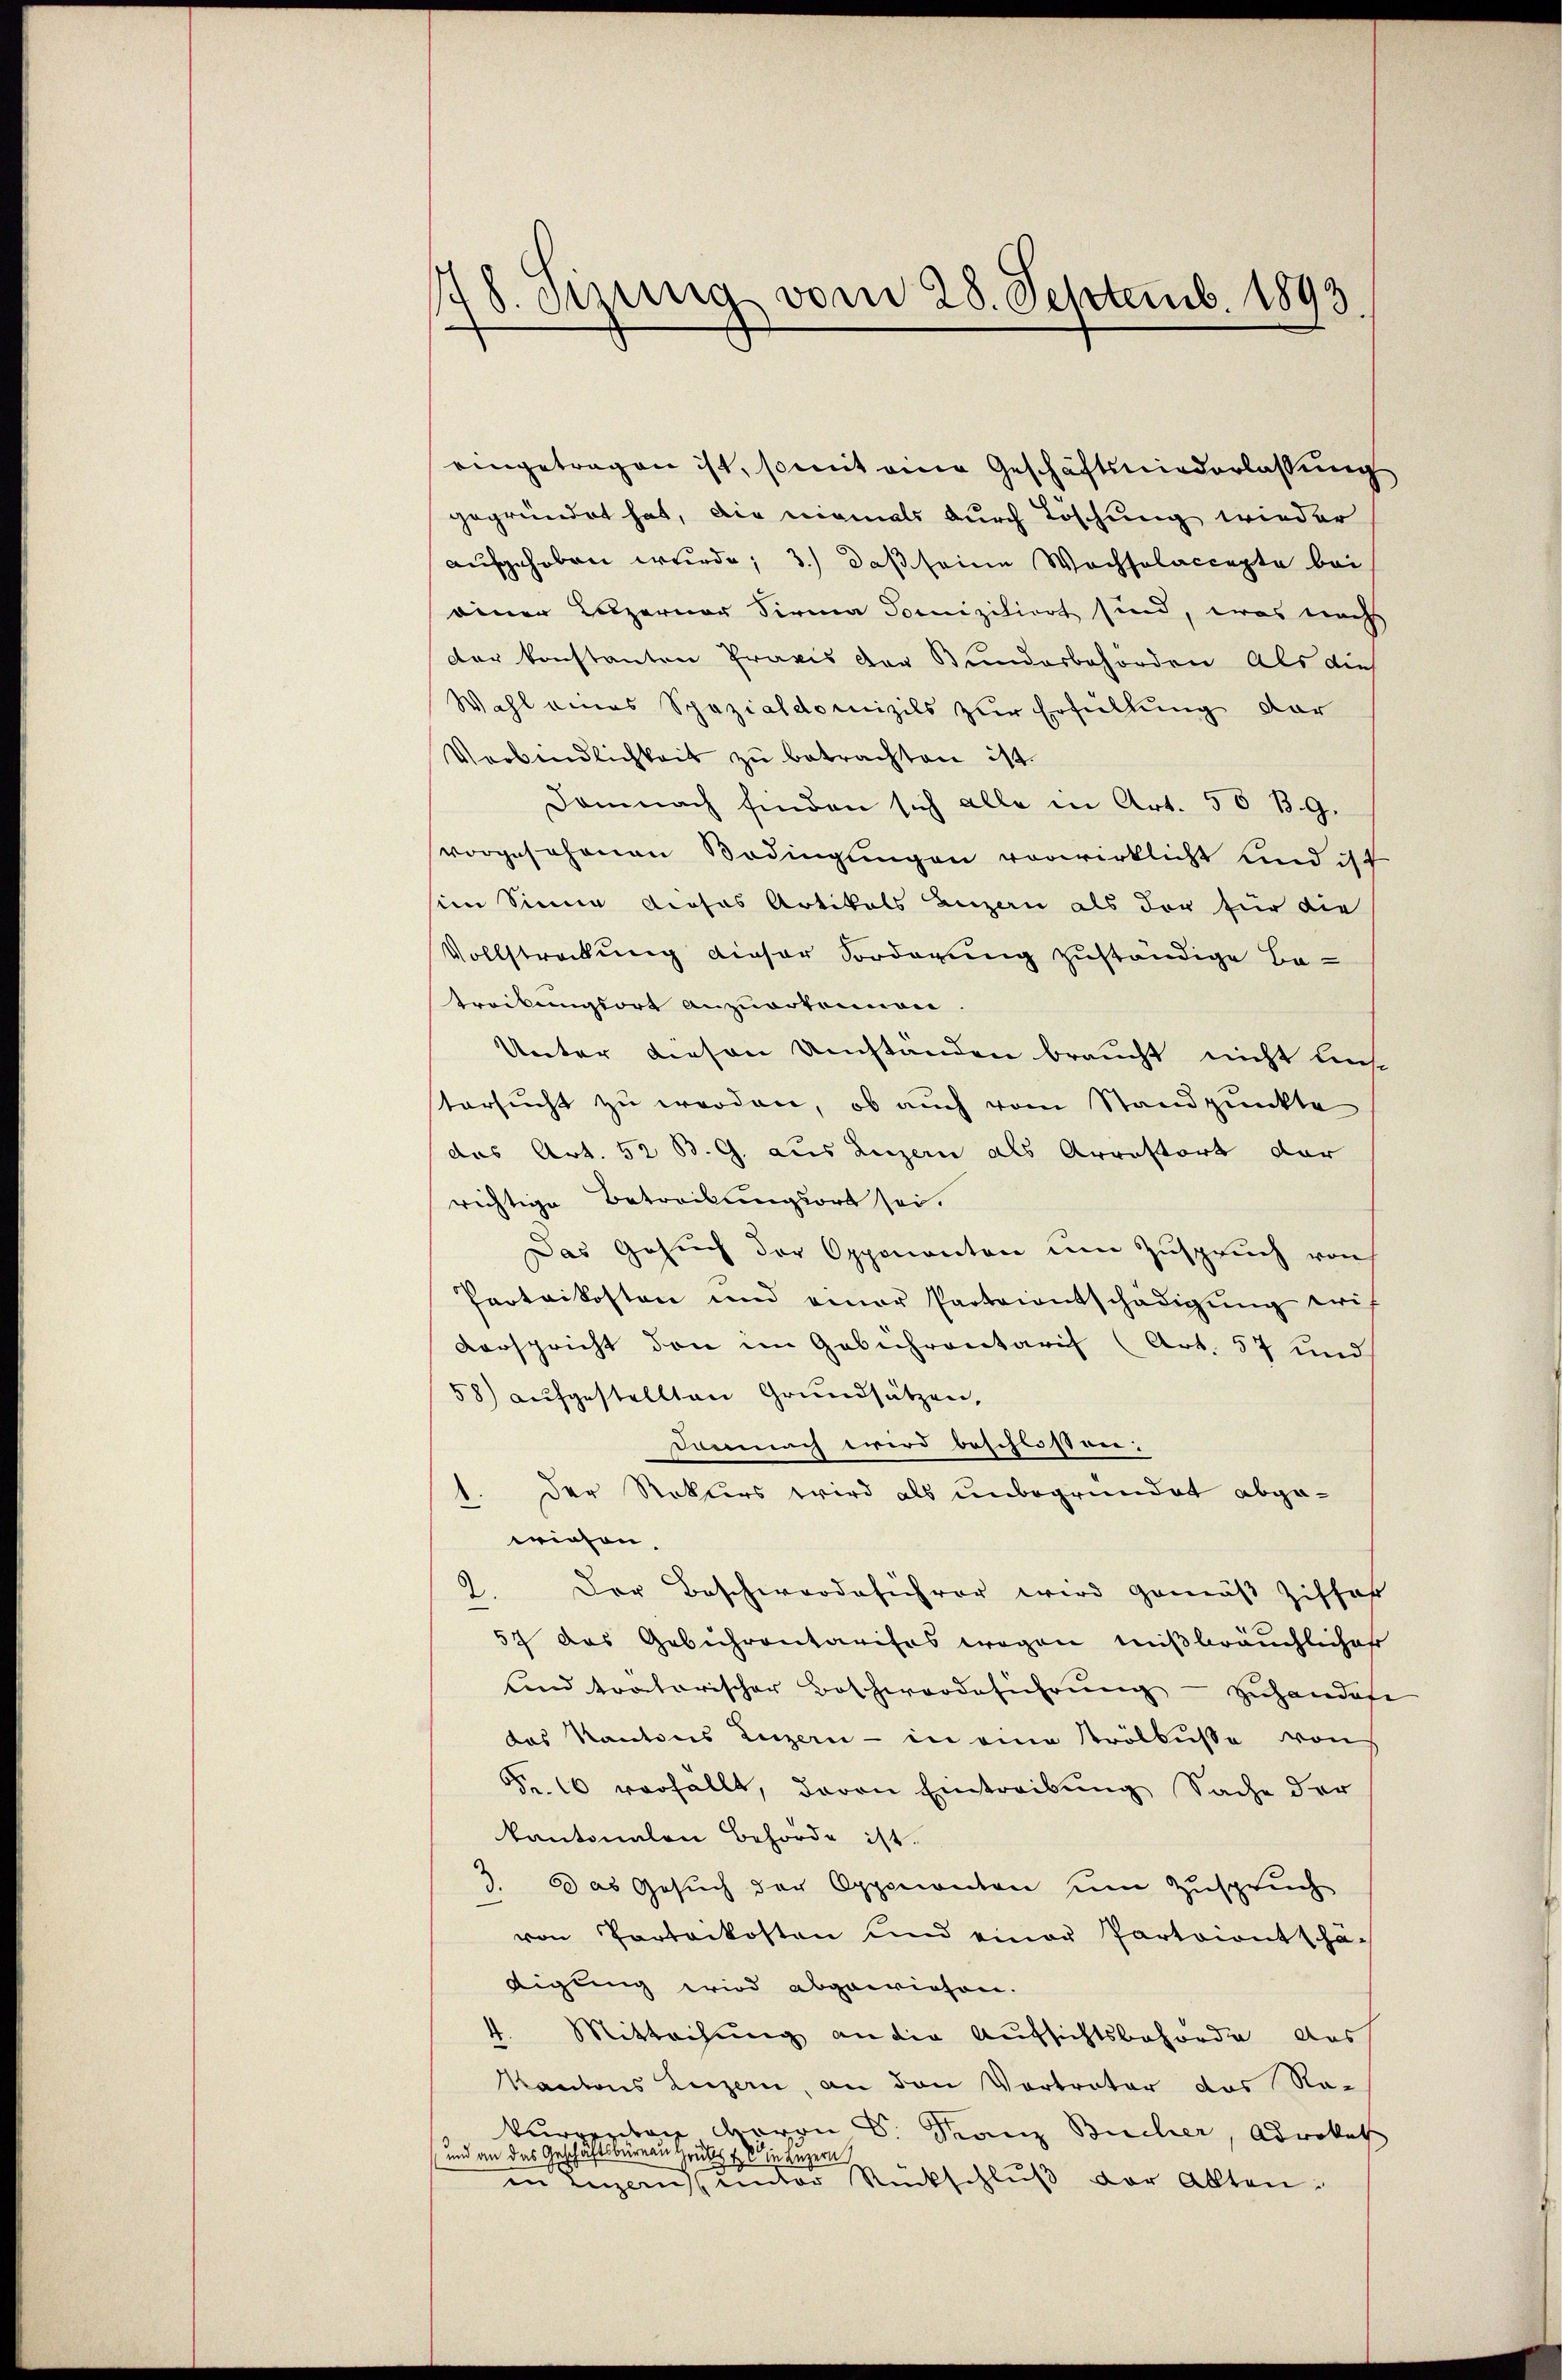
1
8. Sizung vom 28. Septemb. 1893.

eingetragen ist, somit eine Geschäftsniederlassung
gegründet hat, die niemals durch Löschung wieder
aufgehoben wurde; 3.) daß seine Wochsolaccepte bei
einer Luzerner Firma Jiniziliert sind, was nach
der konstanten Praxis der Bundesbehörden als die
Wahl eines Spazialdomizils zur Erfüllung dar
Verbindlichkeit zu betrachten ist.
Demnach finden sich alle in Art. 56 B.G.
vorgesehenen Bedingungen vorwirklicht und ist
sim Sinne dieses Artikals Luzern als der für die
Vollstreckung dieser Vorderung zuständige Be-
trockungsort anzuerkennen
Unter diesen Umständen braucht nicht lese
stersucht zu werden, ob auch vom Standpunkte
das Art. 52 B. G. aus Luzern als Arrestort dar
richtige Betreibungsort sei.
Das Gesŭch der Opponenten um Zuspruch von
Paotaikosten und einer Parteientschädigŭng erf
Verspricht den im Gebührentarif (Art. 57 und
58) aufgestellten Grundsätzen,
Demnach wird beschlossen:
Der Rekurs wird als unbegründet abgewiesen.
2. Der Beschwerdeführer wird gemäß Ziffer
57 das Gebührentarises wegen mißbräuchlicher
und tratorischer Beschwerdeführŭng - zuhandese
das Kantons Luzern - in eine Krölbusse von
Fr. 16 vorfallt, davon Eintreibung Sache der
kantonalen Behörde ist.
3. Das Gesuch der Oppmonten um Zuspruch
von Portokosten und einer Partoientschä-
digung wird abgewiesen.
d.
Mittaihung an die Aufsichtsbehörde aus
Kantons Luzern, an den Vertrater das Na-
kurrenten, wovon Dr. Franz Bucher, Advokath
und an das Geschäftsbüreau Gruss in Luzern
in Luzerner Rückschluß der Akten¬